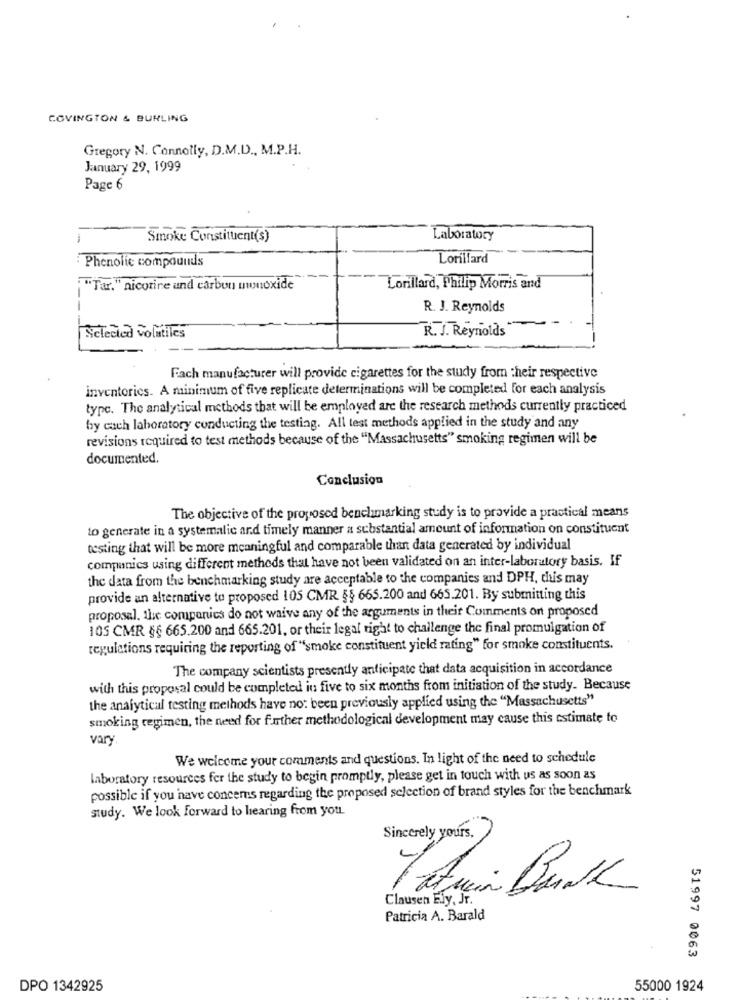
COVINGTON & BURLING
Gregory N. Connolly, D.M.D ., M.P.H.
January 29, 1999
Page 6
Smoke Constituent(s)
Laboratory
Lorillard
: Phenolic compounds
""Tar." nicorire and carbon uwuoxide
Lonillard, Philip Morris and
R. J. Reynolds
R. J. Reynolds
Siclected volatiles
Fach manufacturer will provide cigarettes for the study from their respective
inventories. A minimum of five replicate determinations will be completed for each analysis
type. The analytical methods that will be employed are the research methods currently practiced
by cach laboratory conducting the testing. All test methods applied in the study and any
revisions required to test methods because of the "Massachusetts" smoking regimen will be
documented.
Conclusion
The objective of the proposed benchmarking study is to provide a practical means
to generate in a systemalic and timely manner a substantial amount of information on constituent
testing that will be more meaningful and comparable than data generated by individual
companies using different methods that have not been validated on an inter-laboratory basis. If
the data from the benchmarking study are acceptable to the companies and DPH, this may
provide an alternative to proposed 105 CMR §§ 665.200 and 665.201. By submitting this
proposal, the companies do not waive any of the arguments in their Comments on proposed
105 CMR §§ 665.200 and 665.201, or their legal right to challenge the final promulgation of
regulations requiring the reporting of "smoke constituent yield rating" for smoke constituents.
The company scientists presently anticipate that data acquisition in accordance
with this proposal could be completed in five to six months from initiation of the study. Because
the analytical testing methods have no: been previously applied using the "Massachusetts"
smoking regimen, the need for further methodological development may cause this estimate to
vary
We welcome your comments and questions. In light of the need to schedule
laboratory resources fer the study to begin promptly, please get in touch with us as soon as
possible if you have concerns regarding the proposed selection of brand styles for the benchmark
study. We look forward to hearing from you.
Sincerely yours,
Clausen Ely, Jr.
Patricia A. Barald
51997 0063
DPO 1342925
55000 1924